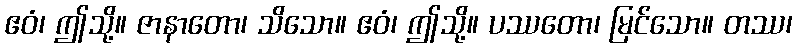
ဧဝံ၊ ဤသို့။ ဇာနာတော၊ သိသော။ ဧဝံ၊ ဤသို့။ ပဿတော၊ မြင်သော။ တဿ၊